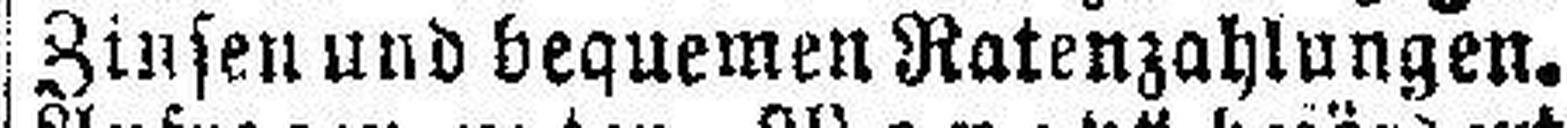
Zinsen und bequemen Ratenzahlungen.